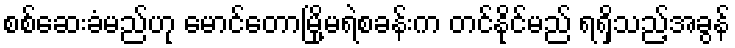
စစ်ဆေးခံမည်ဟု မောင်တောမြို့မရဲစခန်းက တင်နိုင်မည် ရရှိသည့်အခွန်